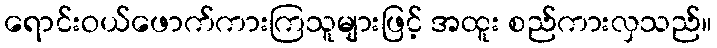
ရောင်းဝယ်ဖောက်ကားကြသူများဖြင့် အထူး စည်ကားလှသည်။